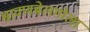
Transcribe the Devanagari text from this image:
श्रावणबेलगोला